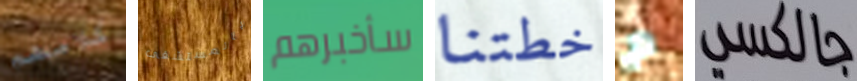
كلامهم بالمستشفى سأخبرهم خطتنا م جالكسي